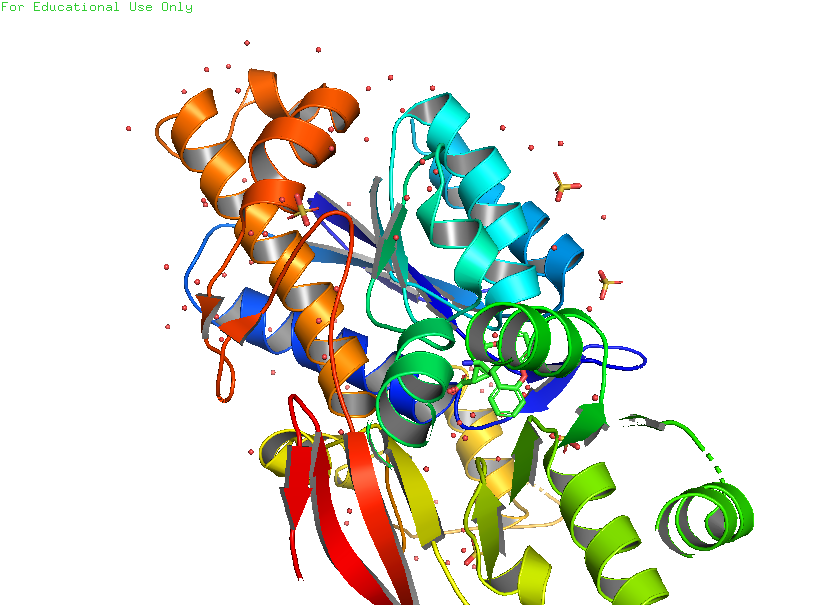
pymol, preset, pub_solv